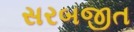
સરબજીત